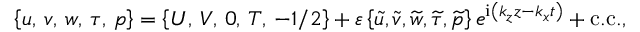
\left\lbrace u , \, v , \, w , \, \tau , \, p \right\rbrace = \left\lbrace U , \, V , \, 0 , \, T , \, - 1 / 2 \right\rbrace + \varepsilon \left\lbrace \widetilde u , \widetilde v , \widetilde w , \widetilde \tau , \widetilde p \right\rbrace e ^ { \mathrm { i } \left( k _ { z } z - k _ { x } t \right) } + \mathrm { c . c . } ,